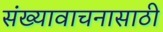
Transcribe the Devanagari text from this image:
संख्यावाचनासाठी